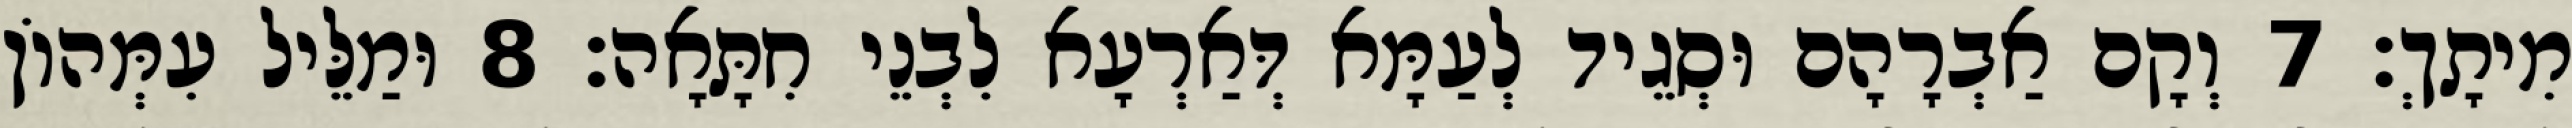
מִיתָךְ׃ 7 וְקָם אַבְרָהָם וּסְגֵיד לְעַמָּא דְּאַרְעָא לִבְנֵי חִתָּאָה׃ 8 וּמַלֵּיל עִמְּהוֹן